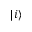
| i \rangle